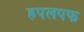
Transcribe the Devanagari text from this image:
हपलपफ